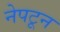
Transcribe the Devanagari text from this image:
नेपटून